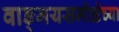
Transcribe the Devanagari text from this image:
वाङ्‌मयसमीक्षेच्या